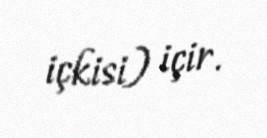
içkisi) içir.